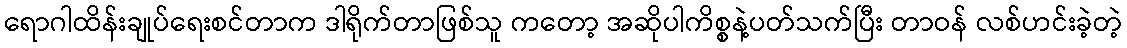
ရောဂါထိန်းချုပ်ရေးစင်တာက ဒါရိုက်တာဖြစ်သူ ကတော့ အဆိုပါကိစ္စနဲ့ပတ်သက်ပြီး တာဝန် လစ်ဟင်းခဲ့တဲ့